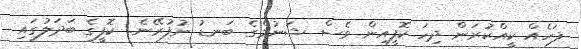
ފަހެއް ކީއްކުރަން ދިހަ ކޮފީއިން ވެސް ޝަނުމްގެ ބަނޑު ނުފުރޭނެ.. ކޮފީގެ ބަދަލުގައި